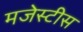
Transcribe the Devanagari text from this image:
मजेस्टीस